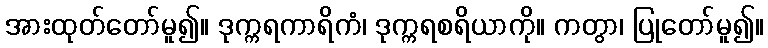
အားထုတ်တော်မူ၍။ ဒုက္ကရကာရိကံ၊ ဒုက္ကရစရိယာကို။ ကတွာ၊ ပြုတော်မူ၍။